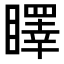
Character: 䁺